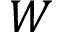
W